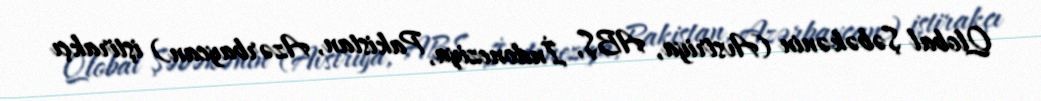
Qlobal Şəbəkənin (Avstriya, ABŞ, İndoneziya, Pakistan, Azərbaycan) iştirakçı